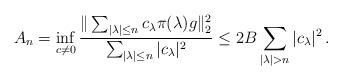
LaTeX: \begin{align*} A_n = \inf _{c\neq 0} \frac{\| \sum _{|\lambda |\leq n} c_\lambda \pi (\lambda )g \|_2^2}{\sum _{|\lambda |\leq n} |c_\lambda | ^2} \leq 2B \sum _{|\lambda | > n} |c_\lambda |^2\, .\end{align*}